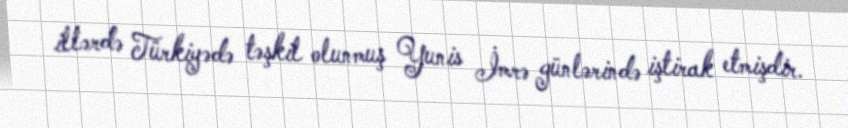
illərdə Türkiyədə təşkil olunmuş Yunis İmrə günlərində iştirak etmişdir.